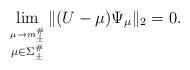
LaTeX: \begin{align*}\lim _{\stackrel{\mu \to m_{\pm}^\#}{\mu \in \Sigma _{\pm }^\#}}\| (U-\mu )\Psi _{\mu}\|_2=0.\end{align*}